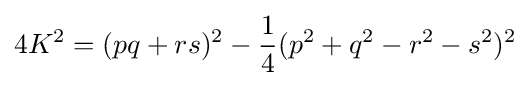
4K^{2}=(pq+rs)^{2}-{\frac {1}{4}}(p^{2}+q^{2}-r^{2}-s^{2})^{2}